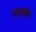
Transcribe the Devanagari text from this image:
नन्कर